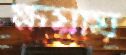
ক্ষয়ায়